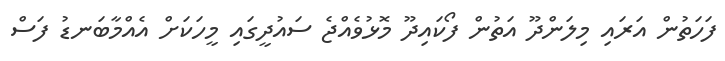
ފަހަތުން އަރައި މިލަންދޫ އަތުން ފޯކައިދޫ މޮޅުވެއްޖެ ސައުދީގައި މީހަކަށް އެއްމާބަނޑު ފަސް